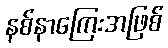
နစ်နာကြေးအဖြစ်